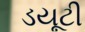
ડયૂટી